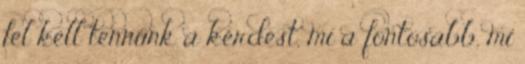
fel kell tennünk a kérdést, mi a fontosabb, mi